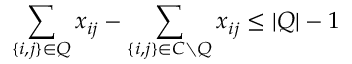
\sum _ { \{ i , j \} \in Q } x _ { i j } - \sum _ { \{ i , j \} \in C \setminus Q } x _ { i j } \le | Q | - 1